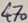
Text: 470